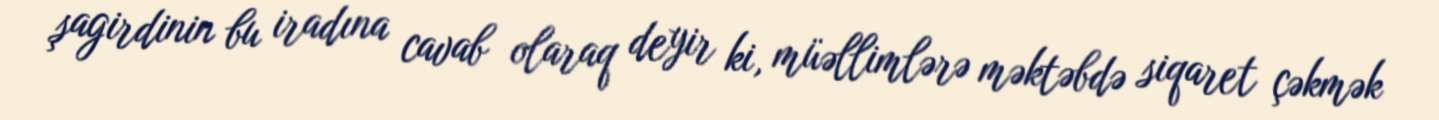
şagirdinin bu iradına cavab olaraq deyir ki, müəllimlərə məktəbdə siqaret çəkmək